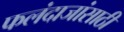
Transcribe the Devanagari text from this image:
फलंदाजांसाठी